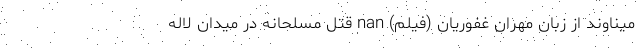
میناوند از زبان مهران غفوریان (فیلم) nan قتل مسلحانه در میدان لاله